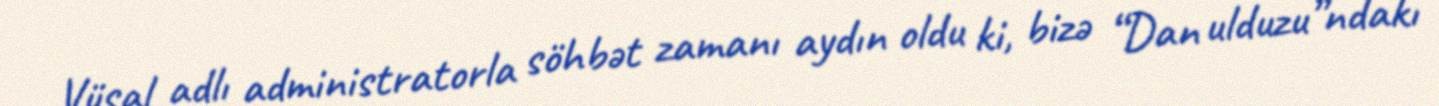
Vüsal adlı administratorla söhbət zamanı aydın oldu ki, bizə “Dan ulduzu”ndakı